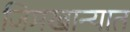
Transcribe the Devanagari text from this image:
जिमखान्यात